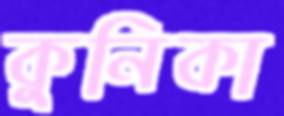
কুনিকা